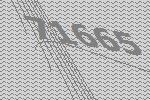
71665